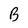
Character: B